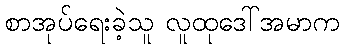
စာအုပ်ရေးခဲ့သူ လူထုဒေါ်အမာက